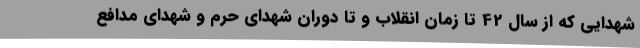
شهدایی که از سال 42 تا زمان انقلاب و تا دوران شهدای حرم و شهدای مدافع